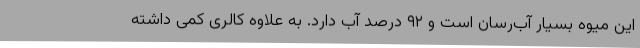
این میوه بسیار آب‌رسان است و ۹۲ درصد آب دارد. به علاوه کالری کمی داشته